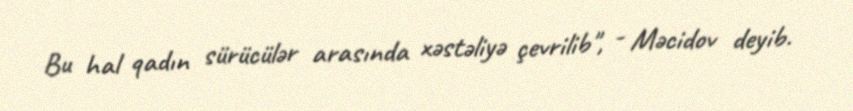
Bu hal qadın sürücülər arasında xəstəliyə çevrilib", - Məcidov deyib.